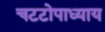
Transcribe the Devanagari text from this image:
चटटोपाध्याय